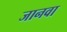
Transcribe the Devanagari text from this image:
जानवा